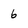
Character: 6